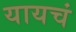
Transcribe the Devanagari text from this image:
यायचं